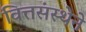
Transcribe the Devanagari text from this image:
वित्तसंस्थेने